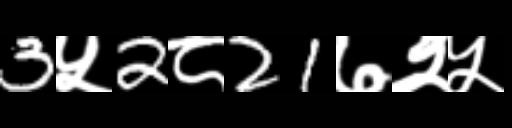
Text: 3५2८21७२५